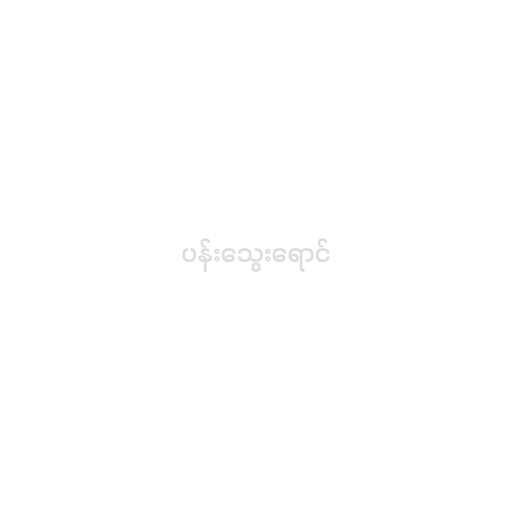
ပန်းသွေးရောင်